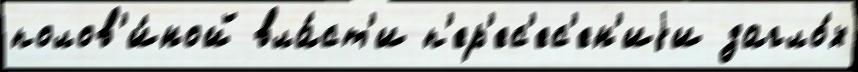
полов'и́ной вла́ст'и п'ер'ес'ес'ен'иjи загло́х